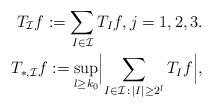
LaTeX: \begin{align*} T _{\mathcal I} f := \sum_{I \in \mathcal I } T_I f , j =1,2,3. \\T _{\ast , \mathcal I} f := \sup _{l \geq k_0} \Bigl\lvert \sum_{I \in \mathcal I \,:\, \lvert I\rvert \geq 2 ^{l} } T_I f \Bigr\rvert, \end{align*}